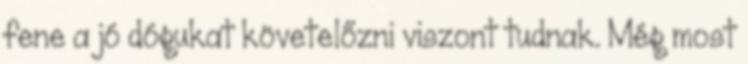
fene a jó dógukat követelőzni viszont tudnak. Még most